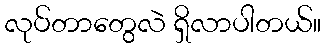
လုပ်တာတွေလဲ ရှိလာပါတယ်။